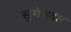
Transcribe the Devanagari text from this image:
सुगंधदार